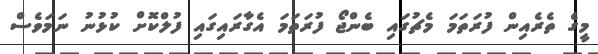
މީގެ ތެރެއިން ފުރަތަމަ މެޗުގައި ބެންޖޯ ފުރަތަމަ އެގާރައިގައި ފުލްކޮށް ކުޅުނު ނަމަވެސް